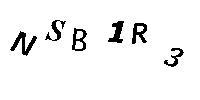
NSB1R3